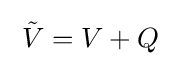
\;{\tilde {V}}=V+Q\;